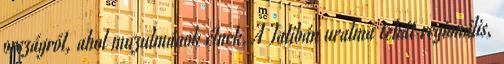
országról, ahol muzulmánok élnek. A Talibán uralma tehát regionális,